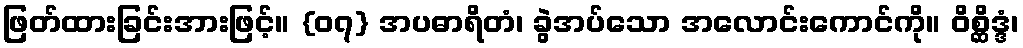
ဖြတ်ထားခြင်းအားဖြင့်။ {၀၇} အပဓာရိတံ၊ ခွဲအပ်သော အလောင်းကောင်ကို။ ဝိစ္ဆိဒ္ဒံ၊